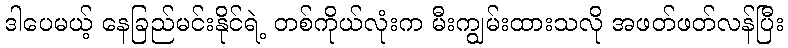
ဒါပေမယ့် နေခြည်မင်းနိုင်ရဲ့ တစ်ကိုယ်လုံးက မီးကျွမ်းထားသလို အဖတ်ဖတ်လန်ပြီး